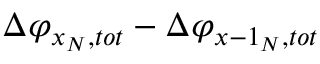
\Delta { { \varphi } _ { { { x } _ { N } } , t o t } } - \Delta { { \varphi } _ { x - { { 1 } _ { N } } , t o t } }